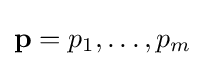
\mathbf {p} =p_{1},\dots ,p_{m}